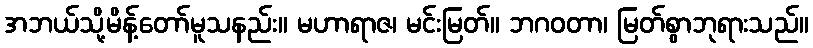
အဘယ်သို့မိန့်တော်မူသနည်း။ မဟာရာဇ၊ မင်းမြတ်။ ဘဂဝတာ၊ မြတ်စွာဘုရားသည်။